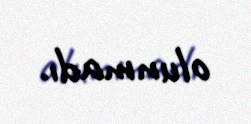
olunmadı.